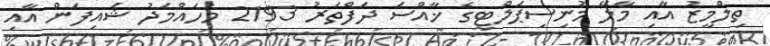
ތިލްމީޒު އާއި މާލޭ މުނިސިޕަލްޓީގެ ޚާއްސަ ދަފްތަރު 2193 މުހައްމަދު ޝައިފަން އާއި